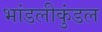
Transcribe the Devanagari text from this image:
भांडलीकुंडल